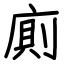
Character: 廁